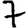
Digit: 7